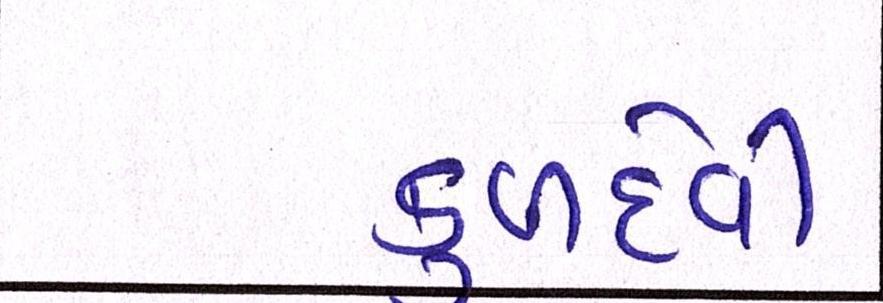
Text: કુળદેવી